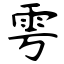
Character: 雩